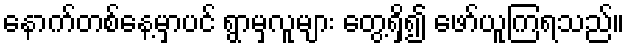
နောက်တစ်နေ့မှာပင် ရွာမှလူများ တွေ့ရှိ၍ ဖော်ယူကြရသည်။